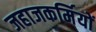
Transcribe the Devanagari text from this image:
जहाजकर्मियों